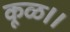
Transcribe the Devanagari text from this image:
कूळ।।